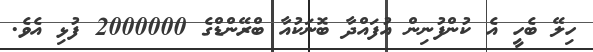
ހިލޭ ބެހީ އެ ކުންފުނިން އުފައްދާ ބޮނަކުއާ ބްރޭންޑްގެ 2000000 ފުޅި އެވެ.